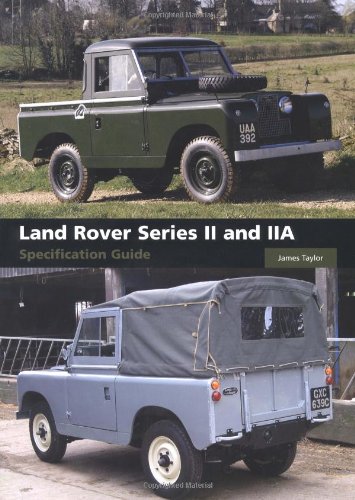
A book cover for Land Rover Series II and IIA Specification Guide; James Taylor; Engineering & Transportation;